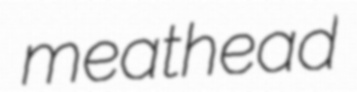
meathead